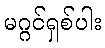
မဂ္ဂင်ရှစ်ပါး